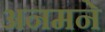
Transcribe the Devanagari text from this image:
अनमने